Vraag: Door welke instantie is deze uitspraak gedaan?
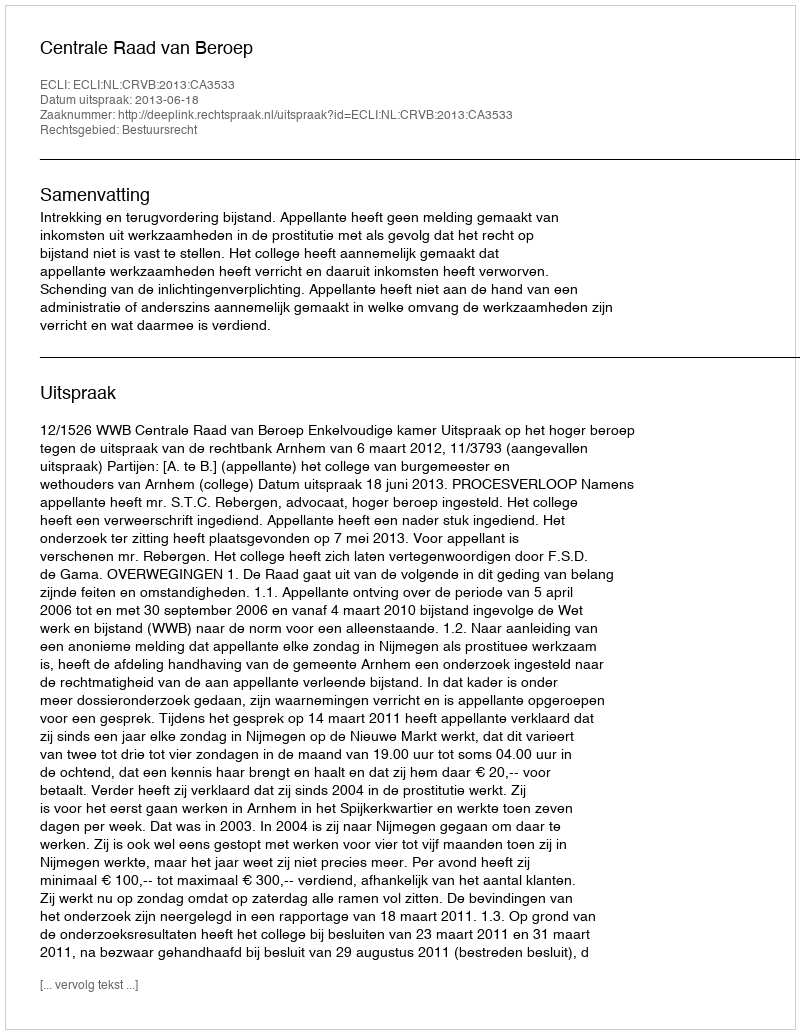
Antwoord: Centrale Raad van Beroep